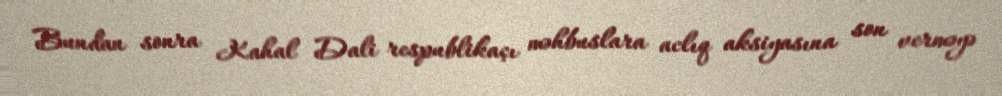
Bundan sonra Kahal Dali respublikaçı məhbuslara aclıq aksiyasına son verməyə